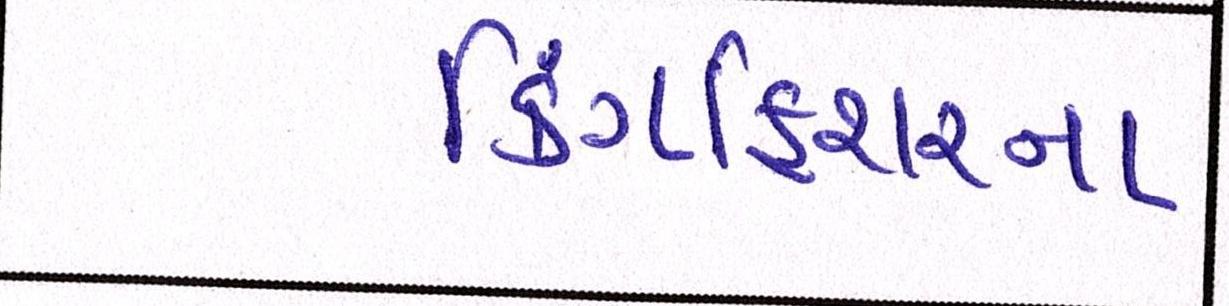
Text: કિંગફિશરના